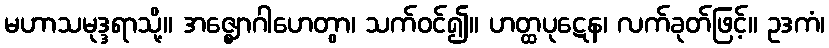
မဟာသမုဒ္ဒရာသို့။ အဇ္ဈောဂါဟေတွာ၊ သက်ဝင်၍။ ဟတ္ထပုဋေန၊ လက်ခုတ်ဖြင့်။ ဥဒကံ၊